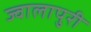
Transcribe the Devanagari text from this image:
ज्वालापुरी